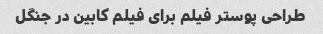
طراحی پوستر فیلم برای فیلم کابین در جنگل